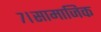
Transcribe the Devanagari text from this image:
७।सामाजिक